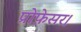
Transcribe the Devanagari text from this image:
प्रोफ़ेसर।